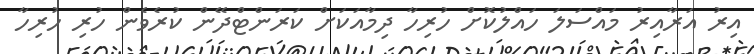
އިރު އަރާއިރު މައްސަލަ ހައްލުކޮށް ހުރިހާ ދިމާއަކަށް ކަރަންޓްދޭން ކުރެވެން ހުރި ހުރިހާ